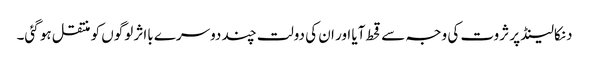
دنکالینڈ پر ثروت کی وجہ سے قحط آیا اور ان کی دولت چند دوسرے بااثر لوگوں کو منتقل ہو گئی۔